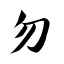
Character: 勿